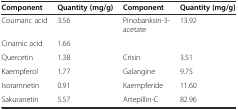
<table><thead><tr><td><b>Component</b></td><td><b>Quantity (mg/g)</b></td><td><b>Component</b></td><td><b>Quantity (mg/g)</b></td></tr></thead><tbody><tr><td>Coumaric acid</td><td>3.56</td><td>Pinobanksin-3-acetate</td><td>13.92</td></tr><tr><td>Cinamic acid</td><td>1.66</td><td></td><td></td></tr><tr><td>Quercetin</td><td>1.38</td><td>Crisin</td><td>3.51</td></tr><tr><td>Kaempferol</td><td>1.77</td><td>Galangine</td><td>9.75</td></tr><tr><td>Isoramnetin</td><td>0.91</td><td>Kaempferide</td><td>11.60</td></tr><tr><td>Sakuranetin</td><td>5.57</td><td>Artepillin-C</td><td>82.96</td></tr></tbody></table>